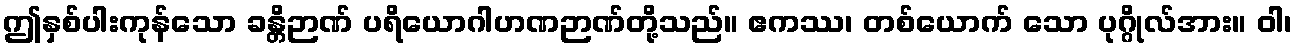
ဤနှစ်ပါးကုန်သော ခန္တိဉာဏ် ပရိယောဂါဟဏဉာဏ်တို့သည်။ ဧကဿ၊ တစ်ယောက် သော ပုဂ္ဂိုလ်အား။ ဝါ၊